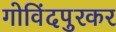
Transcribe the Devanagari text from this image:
गोविंदपुरकर